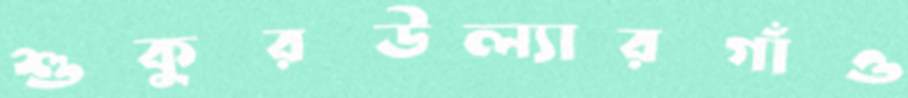
শুকুরউল্যারগাঁও